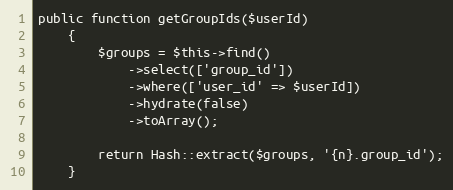
Language: PHP
public function getGroupIds($userId)
    {
        $groups = $this->find()
            ->select(['group_id'])
            ->where(['user_id' => $userId])
            ->hydrate(false)
            ->toArray();

        return Hash::extract($groups, '{n}.group_id');
    }